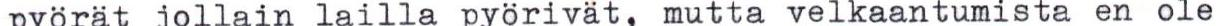
pyörät jollain lailla pyörivät, mutta velkaantumista en ole